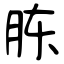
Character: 胨